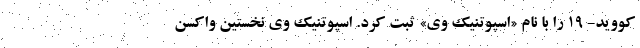
کووید- ۱۹ را با نام «اسپوتنیک وی» ثبت کرد. اسپوتنیک وی نخستین واکسن